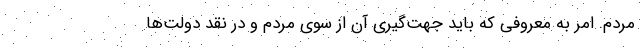
مردم. امر به معروفی که باید جهت‌گیری آن از سوی مردم و در نقد دولت‌ها